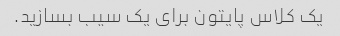
یک کلاس پایتون برای یک سیب بسازید.